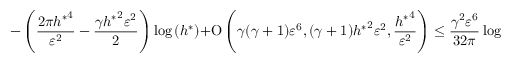
- \left( \frac { 2 \pi { h ^ { \ast } } ^ { 4 } } { \varepsilon ^ { 2 } } - \frac { \gamma { h ^ { \ast } } ^ { 2 } \varepsilon ^ { 2 } } { 2 } \right) \log { ( h ^ { \ast } ) } + \ensuremath { \operatorname { O } \left( \gamma ( \gamma + 1 ) \varepsilon ^ { 6 } , ( \gamma + 1 ) { h ^ { \ast } } ^ { 2 } \varepsilon ^ { 2 } , \frac { { h ^ { \ast } } ^ { 4 } } { \varepsilon ^ { 2 } } \right) } \leq \frac { \gamma ^ { 2 } \varepsilon ^ { 6 } } { 3 2 \pi } \log { \left( \sqrt [ ] { \frac { \gamma \varepsilon ^ { 4 } } { 8 \pi } } \right) } .